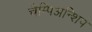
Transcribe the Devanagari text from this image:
चैम्पिअन्शिप